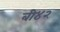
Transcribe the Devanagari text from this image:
बी४२